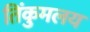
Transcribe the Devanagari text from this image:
तिंकुमलय